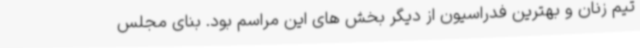
تیم زنان و بهترین فدراسیون از دیگر بخش های این مراسم بود. بنای مجلس